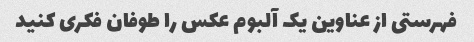
فهرستی از عناوین یک آلبوم عکس را طوفان فکری کنید